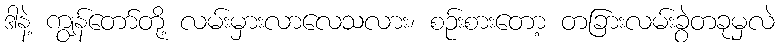
ဒါနဲ့ ကျွန်တော်တို့ လမ်းမှားလာလေသလား၊ စဉ်းစားတော့ တခြားလမ်းခွဲတခုမှလဲ